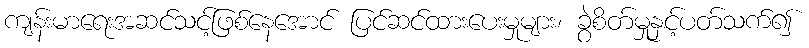
ကျန်းမာရေးအဆင်သင့်ဖြစ်နေအောင် ပြင်ဆင်ထားပေးမှုများ၊ ခွဲစိတ်မှုနှင့်ပတ်သက်၍